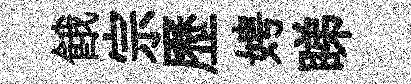
餓宗歷娉睇